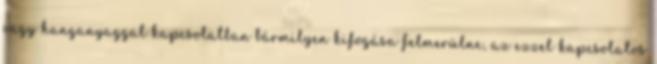
vagy hanganyaggal kapcsolatban bármilyen kifogása felmerülne, az ezzel kapcsolatos